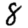
Digit: 8